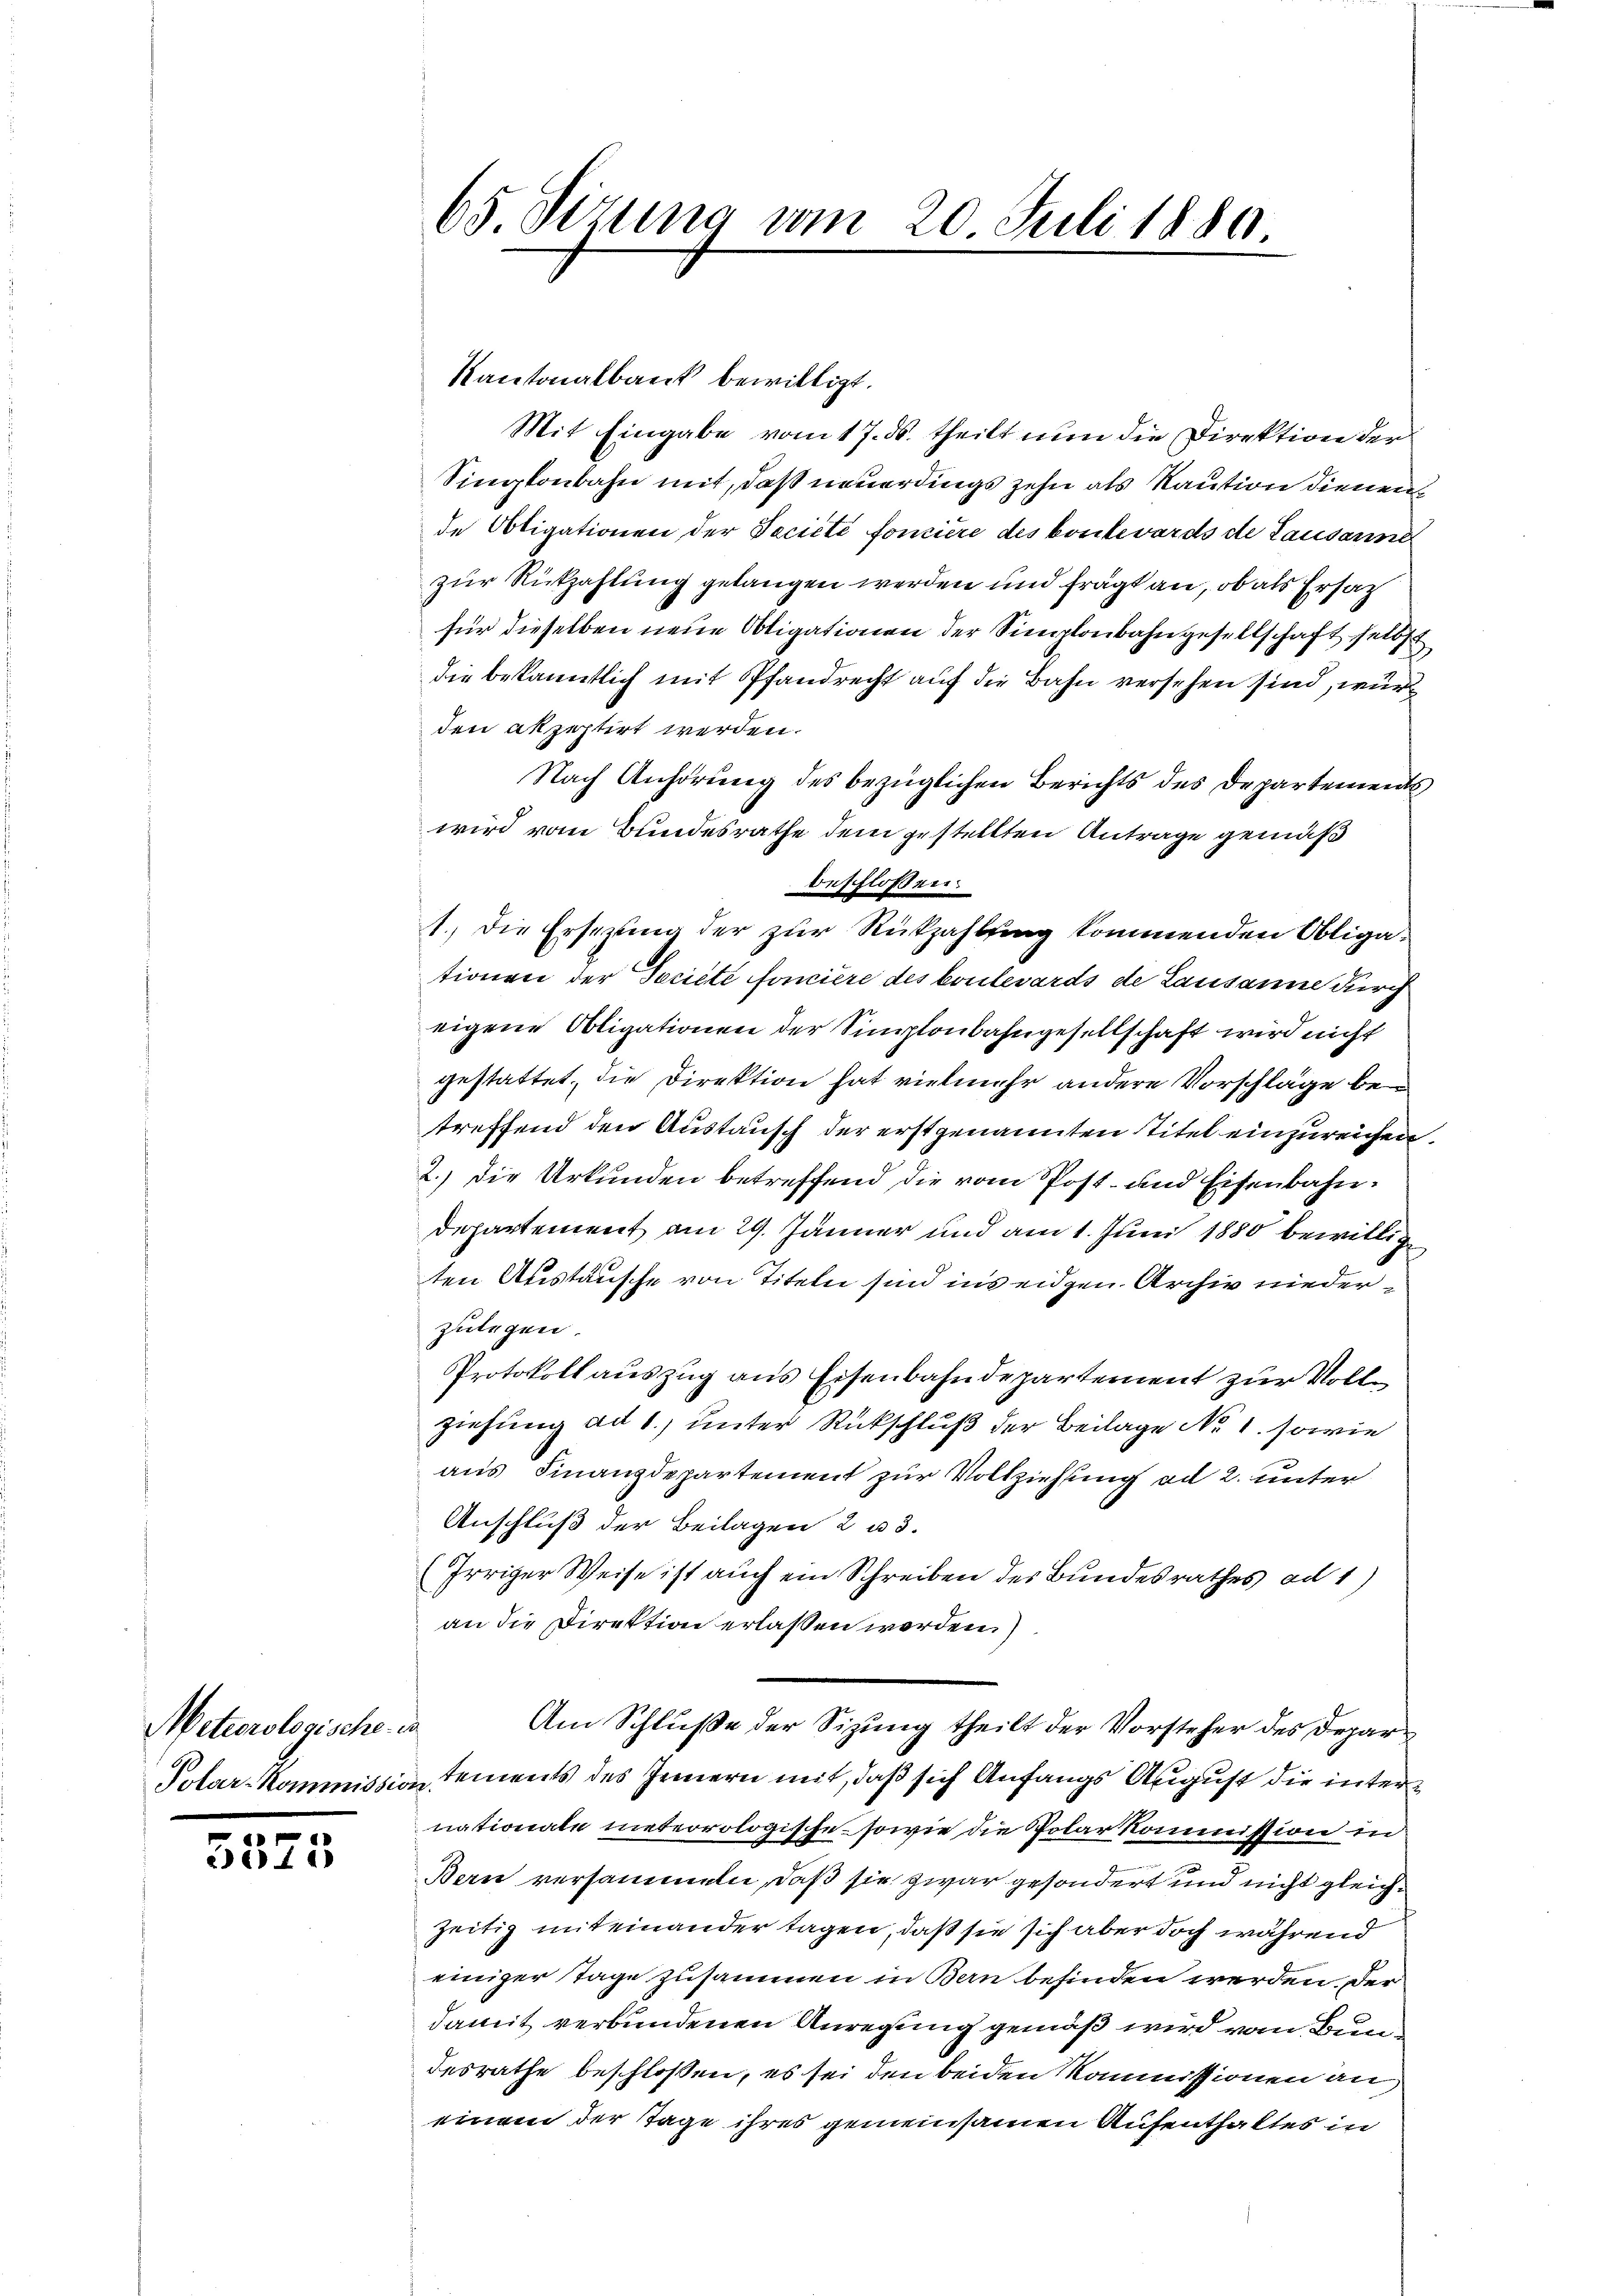
Meteorologische in
Polar-Kommissio

5525

65. Sizung vom 20. Juli 1880.

Kantonalbank bewilligt.
Mit Eingabe vom 17. ds. theilt nun die Direktion der
Singkonbahn mit, daß neuerdings zehn als Kaution dienen
de Obligationen der Société foncière des kontevards de Lausanne
zur Rückzahlung gelangen werden und frägt an, ob als Ersatz
für dieselben neue Obligationen der Simplonbahngesellschaft selbst
die bekanntlich mit Pfandrecht auf die Bahn versehen sind, wür
den akzeptirt werden.
Nach Anhörung des bezüglichen Berichts des Departement
wird vom Bundesrathe dem gestellten Antrage gemäß
beschlossen:
1.) Die Ersezung der zur Rückzahlung kommenden Obligationen der Société foncière des boulevards de Lausanne durch
eigene Obligationen der Simplonbahngesellschaft wird nicht
gestattet, die Direktion hat vielmehr andere Vorschläge betreffend den Austausch der erstgenannten Titel einzureichen.
2.) Die Urkunden betreffend die vom Post- und Eisenbahn¬
Departement am 29. Jänner und am 1. Juni 1880 bewillige
ten Austausche von Titeln sind ins eidgen. Archiv niederzulegen.
Protokoll auszug aus Eisenbahndepartement zur Vollziehung ad 1., unter Rückschluß der Beilage No. 1. sowie
aus Finanzdepartement zur Vollziehung ad 2. unter
Anschluß der Beilagen 2 u 3.
Irriger Weise ist auch ein Schreiben des Bundesrathes ad 1)
an die Direktion erlassen werden.)
Am Schluße der Sizung theilt der Vorsteher des Departements des Innern mit, daß sich Anfangs August die inter
nationate meteorologische, sowie die Polarkommission in
Bern versammeln, daß sie zwar gesondert und nicht gleichzeitig miteinander tagen, daß sie sich aber doch während
einiger Tage zusammen in Bern befinden werden. Der
damit verbundenen Anregung gemäß wird vom Bundesrathe beschlossen, es sei den beiden Kommissionen an
einem der Tage ihres gemeinsamen Aufenthaltes in